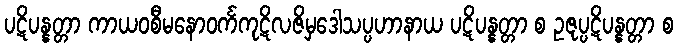
ပဋိပန္နတ္တာ ကာယဝစီမနောဝင်္ကကုဋိလဇိမှဒေါသပ္ပဟာနာယ ပဋိပန္နတ္တာ စ ဥဇုပ္ပဋိပန္နတ္တာ စ